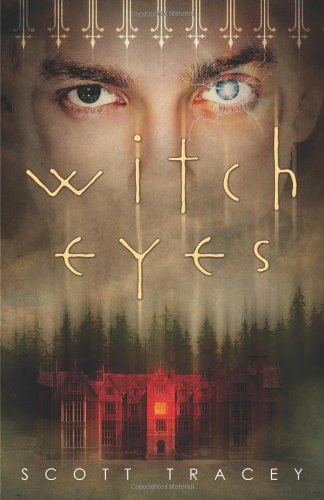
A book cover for Witch Eyes; Scott Tracey; Teen & Young Adult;